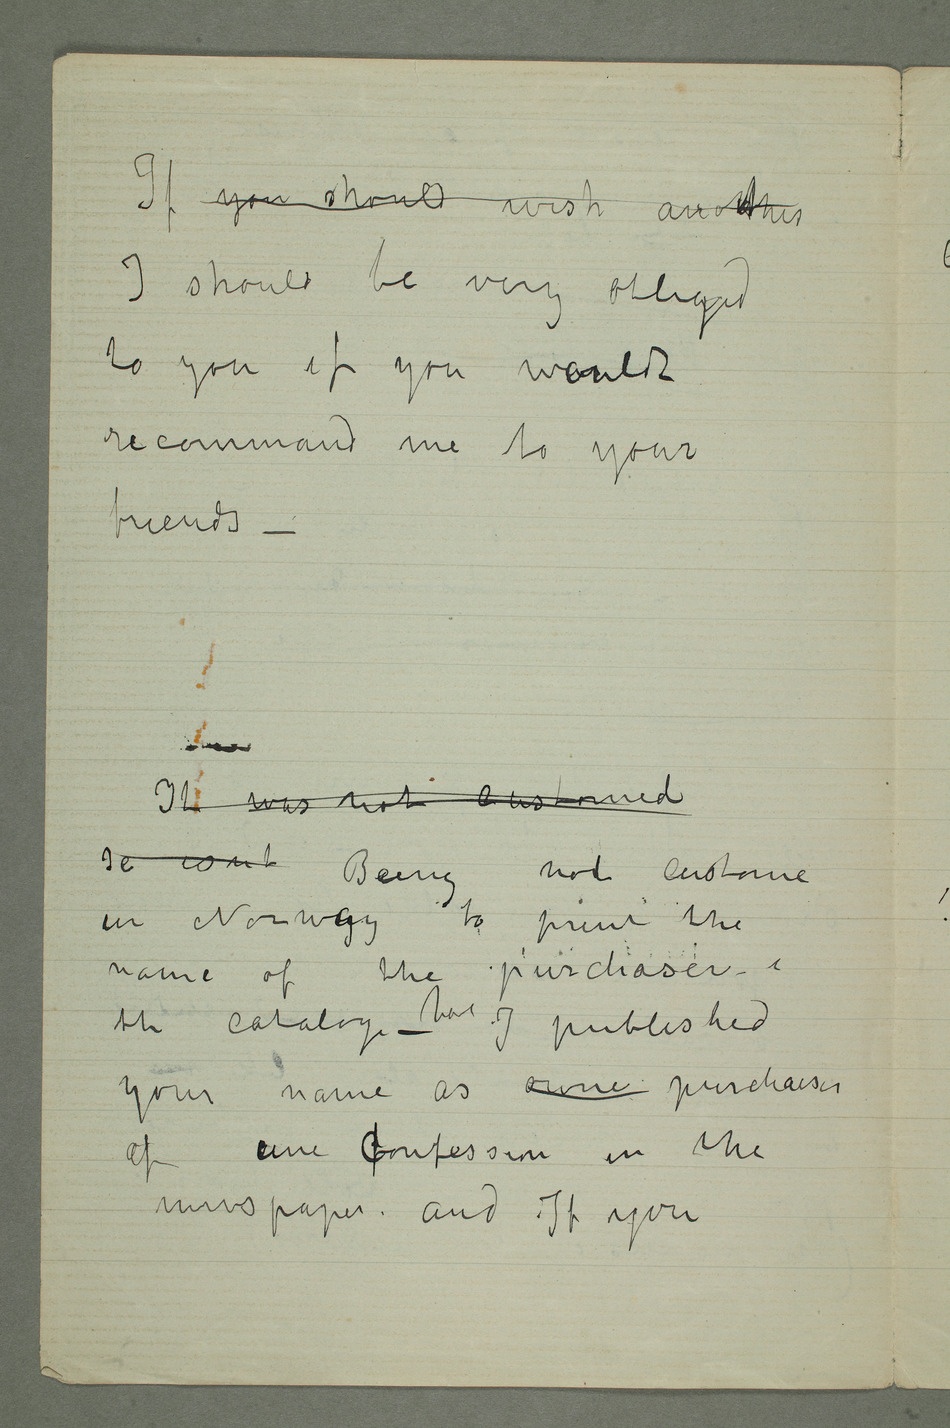
If you should wish another
I should be very obliged
to you if you waouldt
recommend me to your
friends
– It was not
in Norwyay to print the
name of the purchaser i
the cataloge – have I published
your name as owner purchaser
of une Cfonfession in the
newspaper – and if you